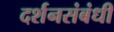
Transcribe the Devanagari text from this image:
दर्शनसंबंधी